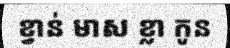
ខ្វាន់ មាស ខ្លា កូន